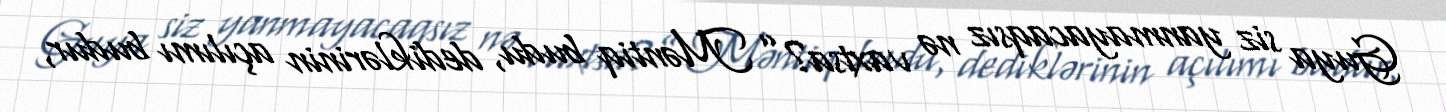
Guya siz yanmayacaqsız nə vaxtsa?” Məntiq budu, dediklərinin açılımı budur,